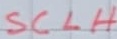
Text: SCLH